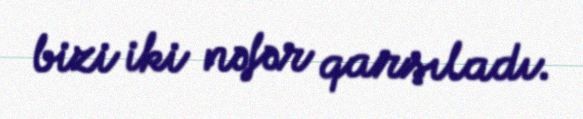
bizi iki nəfər qarşıladı.